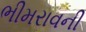
ભીમરાવની